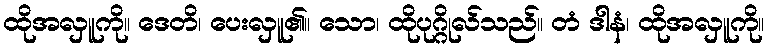
ထိုအလှူကို။ ဒေတိ၊ ပေးလှူ၏။ သော၊ ထိုပုဂ္ဂိုလ်သည်။ တံ ဒါနံ၊ ထိုအလှူကို။